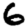
Digit: 6